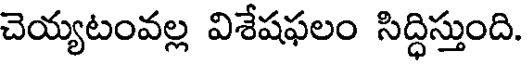
చెయ్యటంవల్ల విశేషఫలం సిద్ధిస్తుంది.